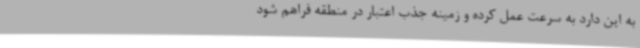
به این دارد به سرعت عمل کرده و زمینه جذب اعتبار در منطقه فراهم شود